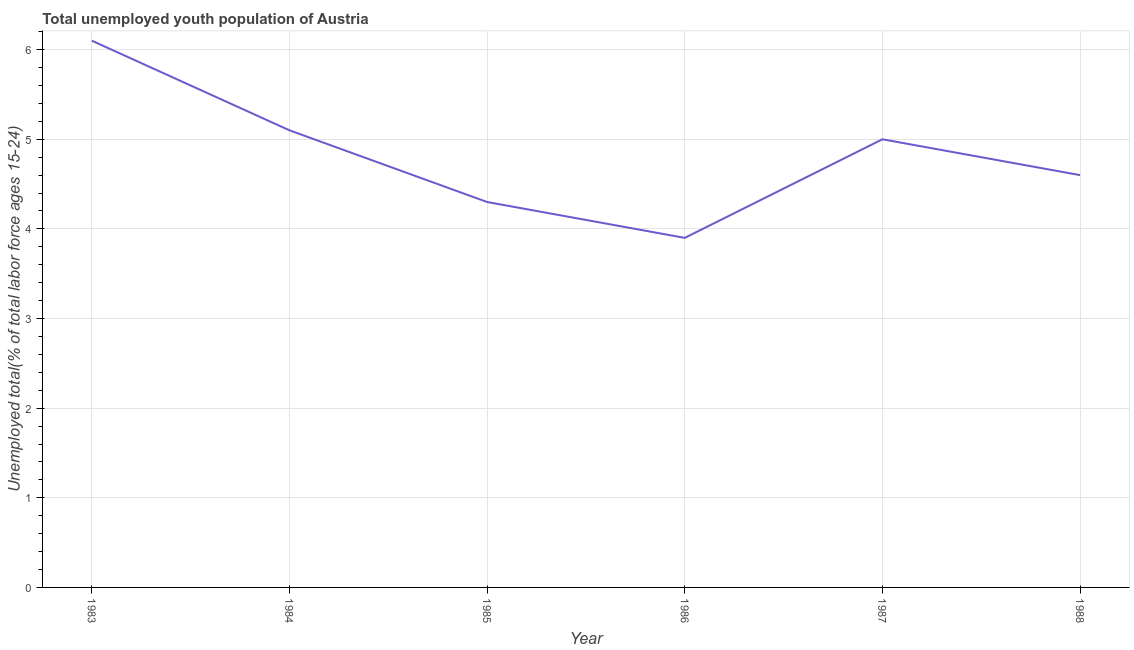
| Year | Unemployment youth total |
 | --- | --- |
 | 1983 | 6.1 |
 | 1984 | 5.1 |
 | 1985 | 4.3 |
 | 1986 | 3.9 |
 | 1987 | 5 |
 | 1988 | 4.6 |